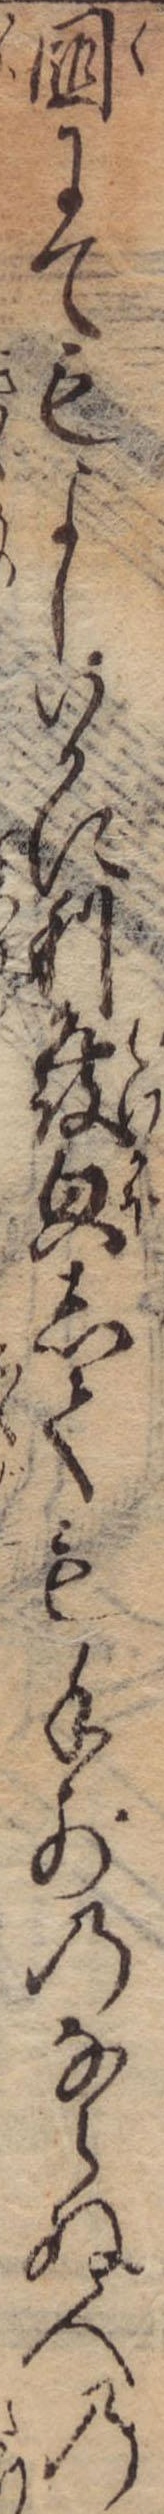
国にてもよしいかに利発貌しても手前のならぬ人の